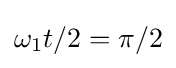
\omega _{1}t/2=\pi /2